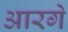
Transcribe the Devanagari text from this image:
आरगे